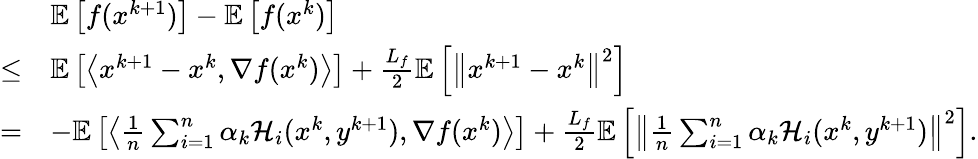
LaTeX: \begin{array}{rl}&{\mathbb{E}\left[f(x^{k+1})\right]-\mathbb{E}\left[f(x^{k})\right]}\\ {\leq}&{\mathbb{E}\left[\left\langle x^{k+1}-x^{k},\nabla f(x^{k})\right\rangle\right]+\frac{L_{f}}{2}\mathbb{E}\left[\left\| x^{k+1}-x^{k}\right\| ^{2}\right]}\\ {=}&{-\mathbb{E}\left[\left\langle\frac{1}{n}\sum_{i=1}^{n}\alpha_{k}\mathcal{H}_{i}(x^{k},y^{k+1}),\nabla f(x^{k})\right\rangle\right]+\frac{L_{f}}{2}\mathbb{E}\left[\left\| \frac{1}{n}\sum_{i=1}^{n}\alpha_{k}\mathcal{H}_{i}(x^{k},y^{k+1})\right\| ^{2}\right].}\end{array}